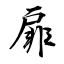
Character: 扉